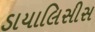
ડાયાલિસીસ